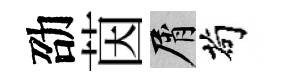
劭茵屑茍